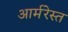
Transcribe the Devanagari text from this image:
आर्मरेस्त